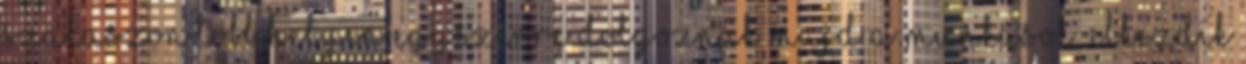
szakaszon több helyen egyszerre dolgoznak majd a munkások. Elkezdik